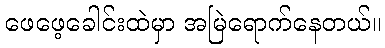
ဖေဖေ့ခေါင်းထဲမှာ အမြဲရောက်နေတယ်။